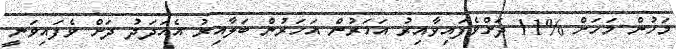
މަހުން މަހަށް %11 ދަށްވެފައިވާއިރު އަހަރުން އަހަރުން ބަލާއިރު އެއަދަދު ދަށް ވެފައިވަނީ